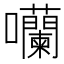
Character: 囒